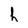
Character: h